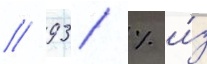
/ 93 % и́з